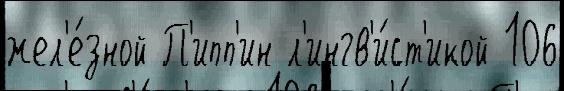
жел'е́зной П'ипп'ин л'ингв'и́ст'икой 106